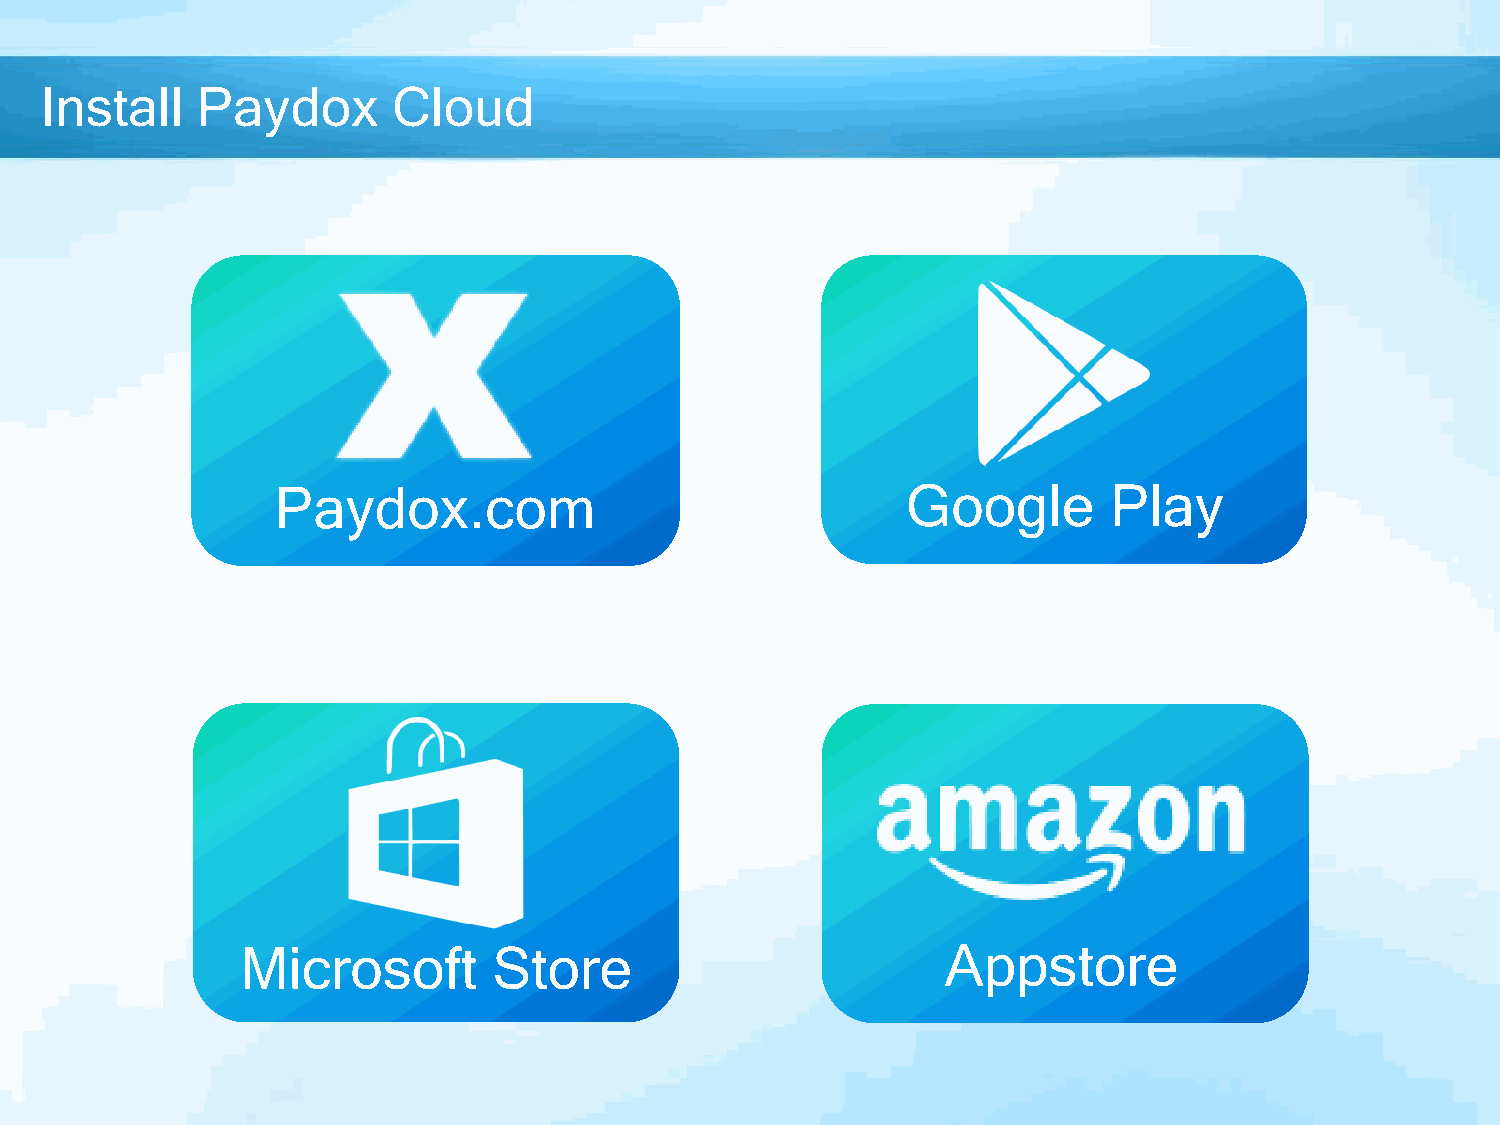
Install   Paydox       Cloud
 Paydox.com                                Google        Play
 IndexedDB
 Microsoft        Store                         Appstore